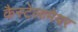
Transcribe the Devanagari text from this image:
कैस्टेलामेयर